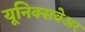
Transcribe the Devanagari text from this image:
यूनिक्सवेअर